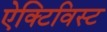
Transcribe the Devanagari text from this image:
ऐक्टिविस्ट